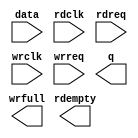
module dcfifo0 (
	data,
	rdclk,
	rdreq,
	wrclk,
	wrreq,
	q,
	rdempty,
	wrfull);

	input	[7:0]  data;
	input	  rdclk;
	input	  rdreq;
	input	  wrclk;
	input	  wrreq;
	output	[7:0]  q;
	output	  rdempty;
	output	  wrfull;

endmodule